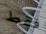
فقط